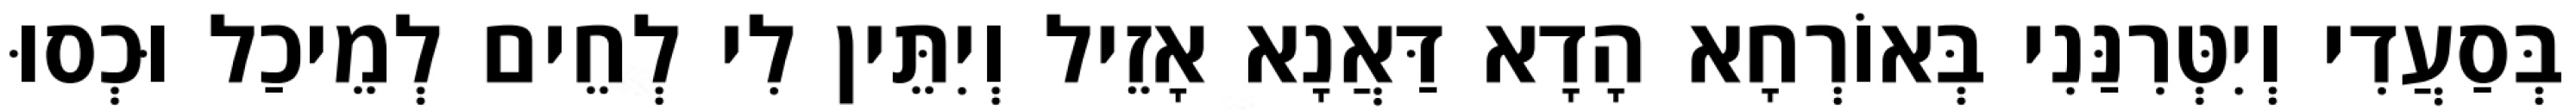
בְּסַעֲדִי וְיִטְּרִנַּנִי בְּאוֹרְחָא הָדָא דַּאֲנָא אָזֵיל וְיִתֵּין לִי לְחֵים לְמֵיכַל וּכְסוּ